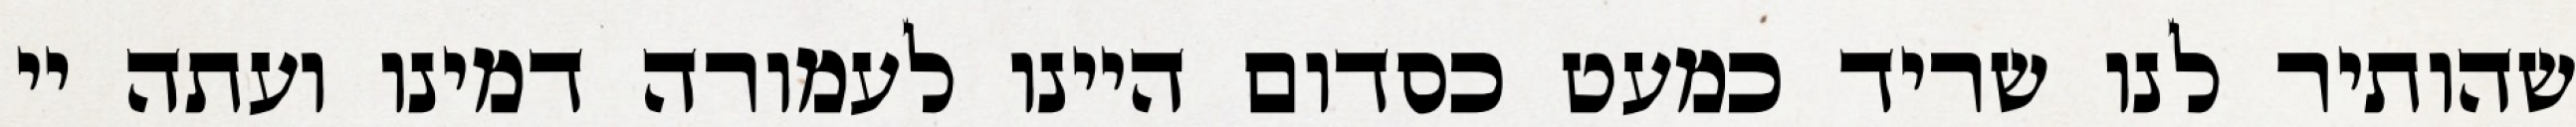
שהותיר לנו שריד כמעט כסדום היינו לעמורה דמינו ועתה יי